Indian journal of veterinary science and animal husbandry - Volumes 24-25, 1954-1955
Year: 1954
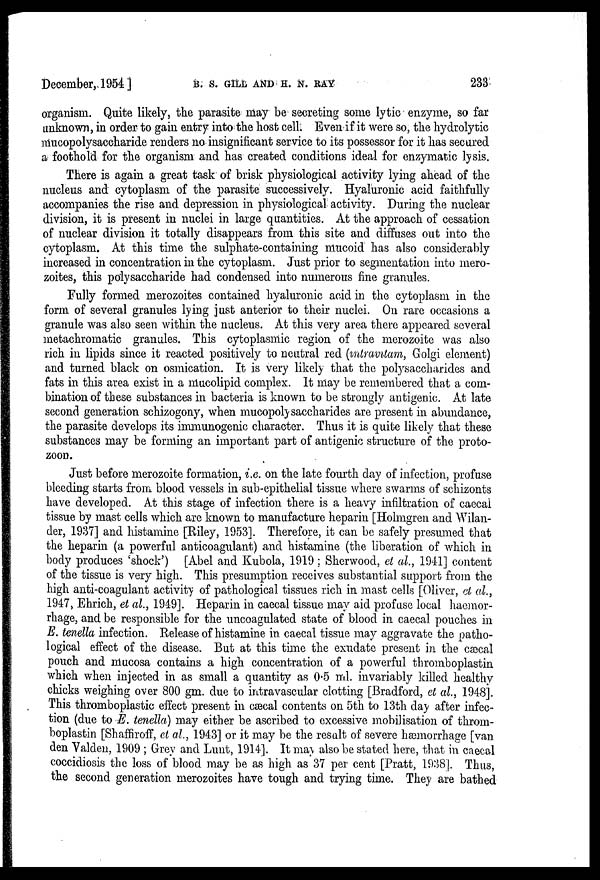
December, 1954]
B.
S.
GILL
AND
H.
N.
RAY
233
organism. Quite likely, the parasite may be secreting some lytic enzyme, so far
unknown, in order to gain entry into the host cell. Even if it were so, the hydrolytic
mucopolysaccharide renders no insignificant service to its possessor for it has secured
a foothold for the organism and has created conditions ideal for enzymatic lysis.
There is again a great task of brisk physiological activity lying ahead of the
nucleus and cytoplasm of the parasite successively. Hyaluronic acid faithfully
accompanies the rise and depression in physiological activity. During the nuclear
division, it is present in nuclei in large quantities. At the approach of cessation
of nuclear division it totally disappears from this site and diffuses out into the
cytoplasm. At this time the sulphate-containing mucoid has also considerably
increased in concentration in the cytoplasm. Just prior to segmentation into mero-
zoites, this polysaccharide had condensed into numerous fine granules.
Fully formed merozoites contained hyaluronic acid in the cytoplasm in the
form of several granules lying just anterior to their nuclei. On rare occasions a
granule was also seen within the nucleus. At this very area there appeared several
metachromatic granules. This cytoplasmic region of the merozoite was also
rich in lipids since it reacted positively to neutral red (intravitam, Golgi element)
and turned black on osmication. It is very likely that the polysaccharides and
fats in this area exist in a mucolipid complex. It may be remembered that a com-
bination of these substances in bacteria is known to be strongly antigenic. At late
second generation schizogony, when mucopolysaccharides are present in abundance,
the parasite develops its immunogenic character. Thus it is quite likely that these
substances may be forming an important part of antigenic structure of the proto-
zoon.
Just before merozoite formation, i.e. on the late fourth day of infection, profuse
bleeding starts from blood vessels in sub-epithelial tissue where swarms of schizonts
have developed. At this stage of infection there is a heavy infiltration of caecal
tissue by mast cells which are known to manufacture heparin [Holmgren and Wilan-
der, 1937] and histamine [Riley, 1953]. Therefore, it can be safely presumed that
the heparin (a powerful anticoagulant) and histamine (the liberation of which in
body produces 'shock') [Abel and Kubola, 1919 ; Sherwood, et al., 1941] content
of the tissue is very high. This presumption receives substantial support from the
high anti-coagulant activity of pathological tissues rich in mast cells [Oliver, et al.,
1947, Ehrich, et al., 1949]. Heparin in caecal tissue may aid profuse local haemor-
rhage, and be responsible for the uncoagulated state of blood in caecal pouches in
E. tenella infection. Release of histamine in caecal tissue may aggravate the patho-
logical effect of the disease. But at this time the exudate present in the cæcal
pouch and mucosa contains a high concentration of a powerful thromboplastin
which when injected in as small a quantity as 0.5 ml. invariably killed healthy
chicks weighing over 800 gm. due to intravascular clotting [Bradford, et al., 1948].
This thromboplastic effect present in cæcal contents on 5th to 13th day after infec-
tion (due to E. tenella) may either be ascribed to excessive mobilisation of throm-
boplastin [Shaffiroff, et al., 1943] or it may be the result of severe hæmorrhage [van
den Valden, 1909 ; Grey and Lunt, 1914]. It may also be stated here, that in caecal
coccidiosis the loss of blood may be as high as 37 per cent [Pratt, 1938]. Thus,
the second generation merozoites have tough and trying time. They are bathed